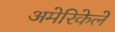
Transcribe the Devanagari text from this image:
अमेरिकेले